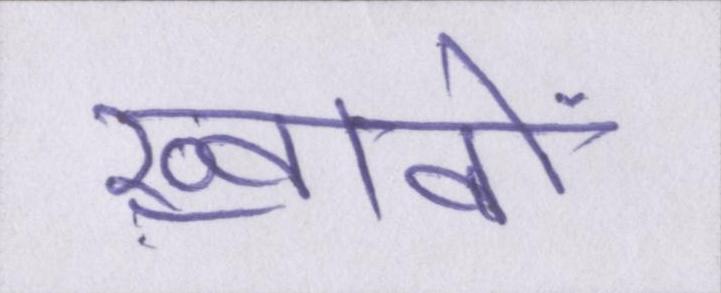
ख़्वाबों